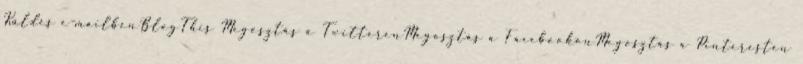
Küldés e-mailbenBlogThis Megosztás a TwitterenMegosztás a FacebookonMegosztás a Pinteresten